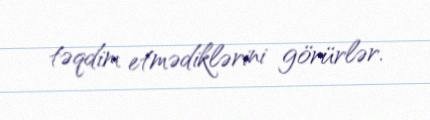
təqdim etmədiklərini görürlər.